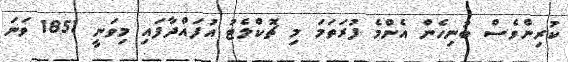
ކުރިންވެސް ބުނިހެން އެންމެ ފުރަތަމަ މި ޗޮކްލެޓު އުފައްދާފައި މިވަނީ 1851 ވަނަ